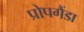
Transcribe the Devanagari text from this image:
प्रोपगैंडा